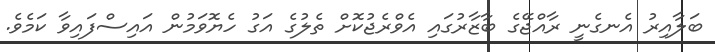
ބަލާއިރު އެނގެނީ ރާއްޖޭގެ ބާޒާރުގައި އެވްރެޖުކޮށް ތެލުގެ އަގު ހެޔޮވަމުން އައިސްފައިވާ ކަމެވެ.